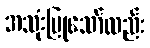
အသုံးပြုသော်လည်း